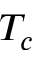
T _ { c }